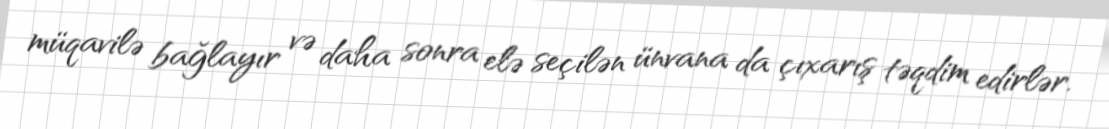
müqavilə bağlayır və daha sonra elə seçilən ünvana da çıxarış təqdim edirlər.